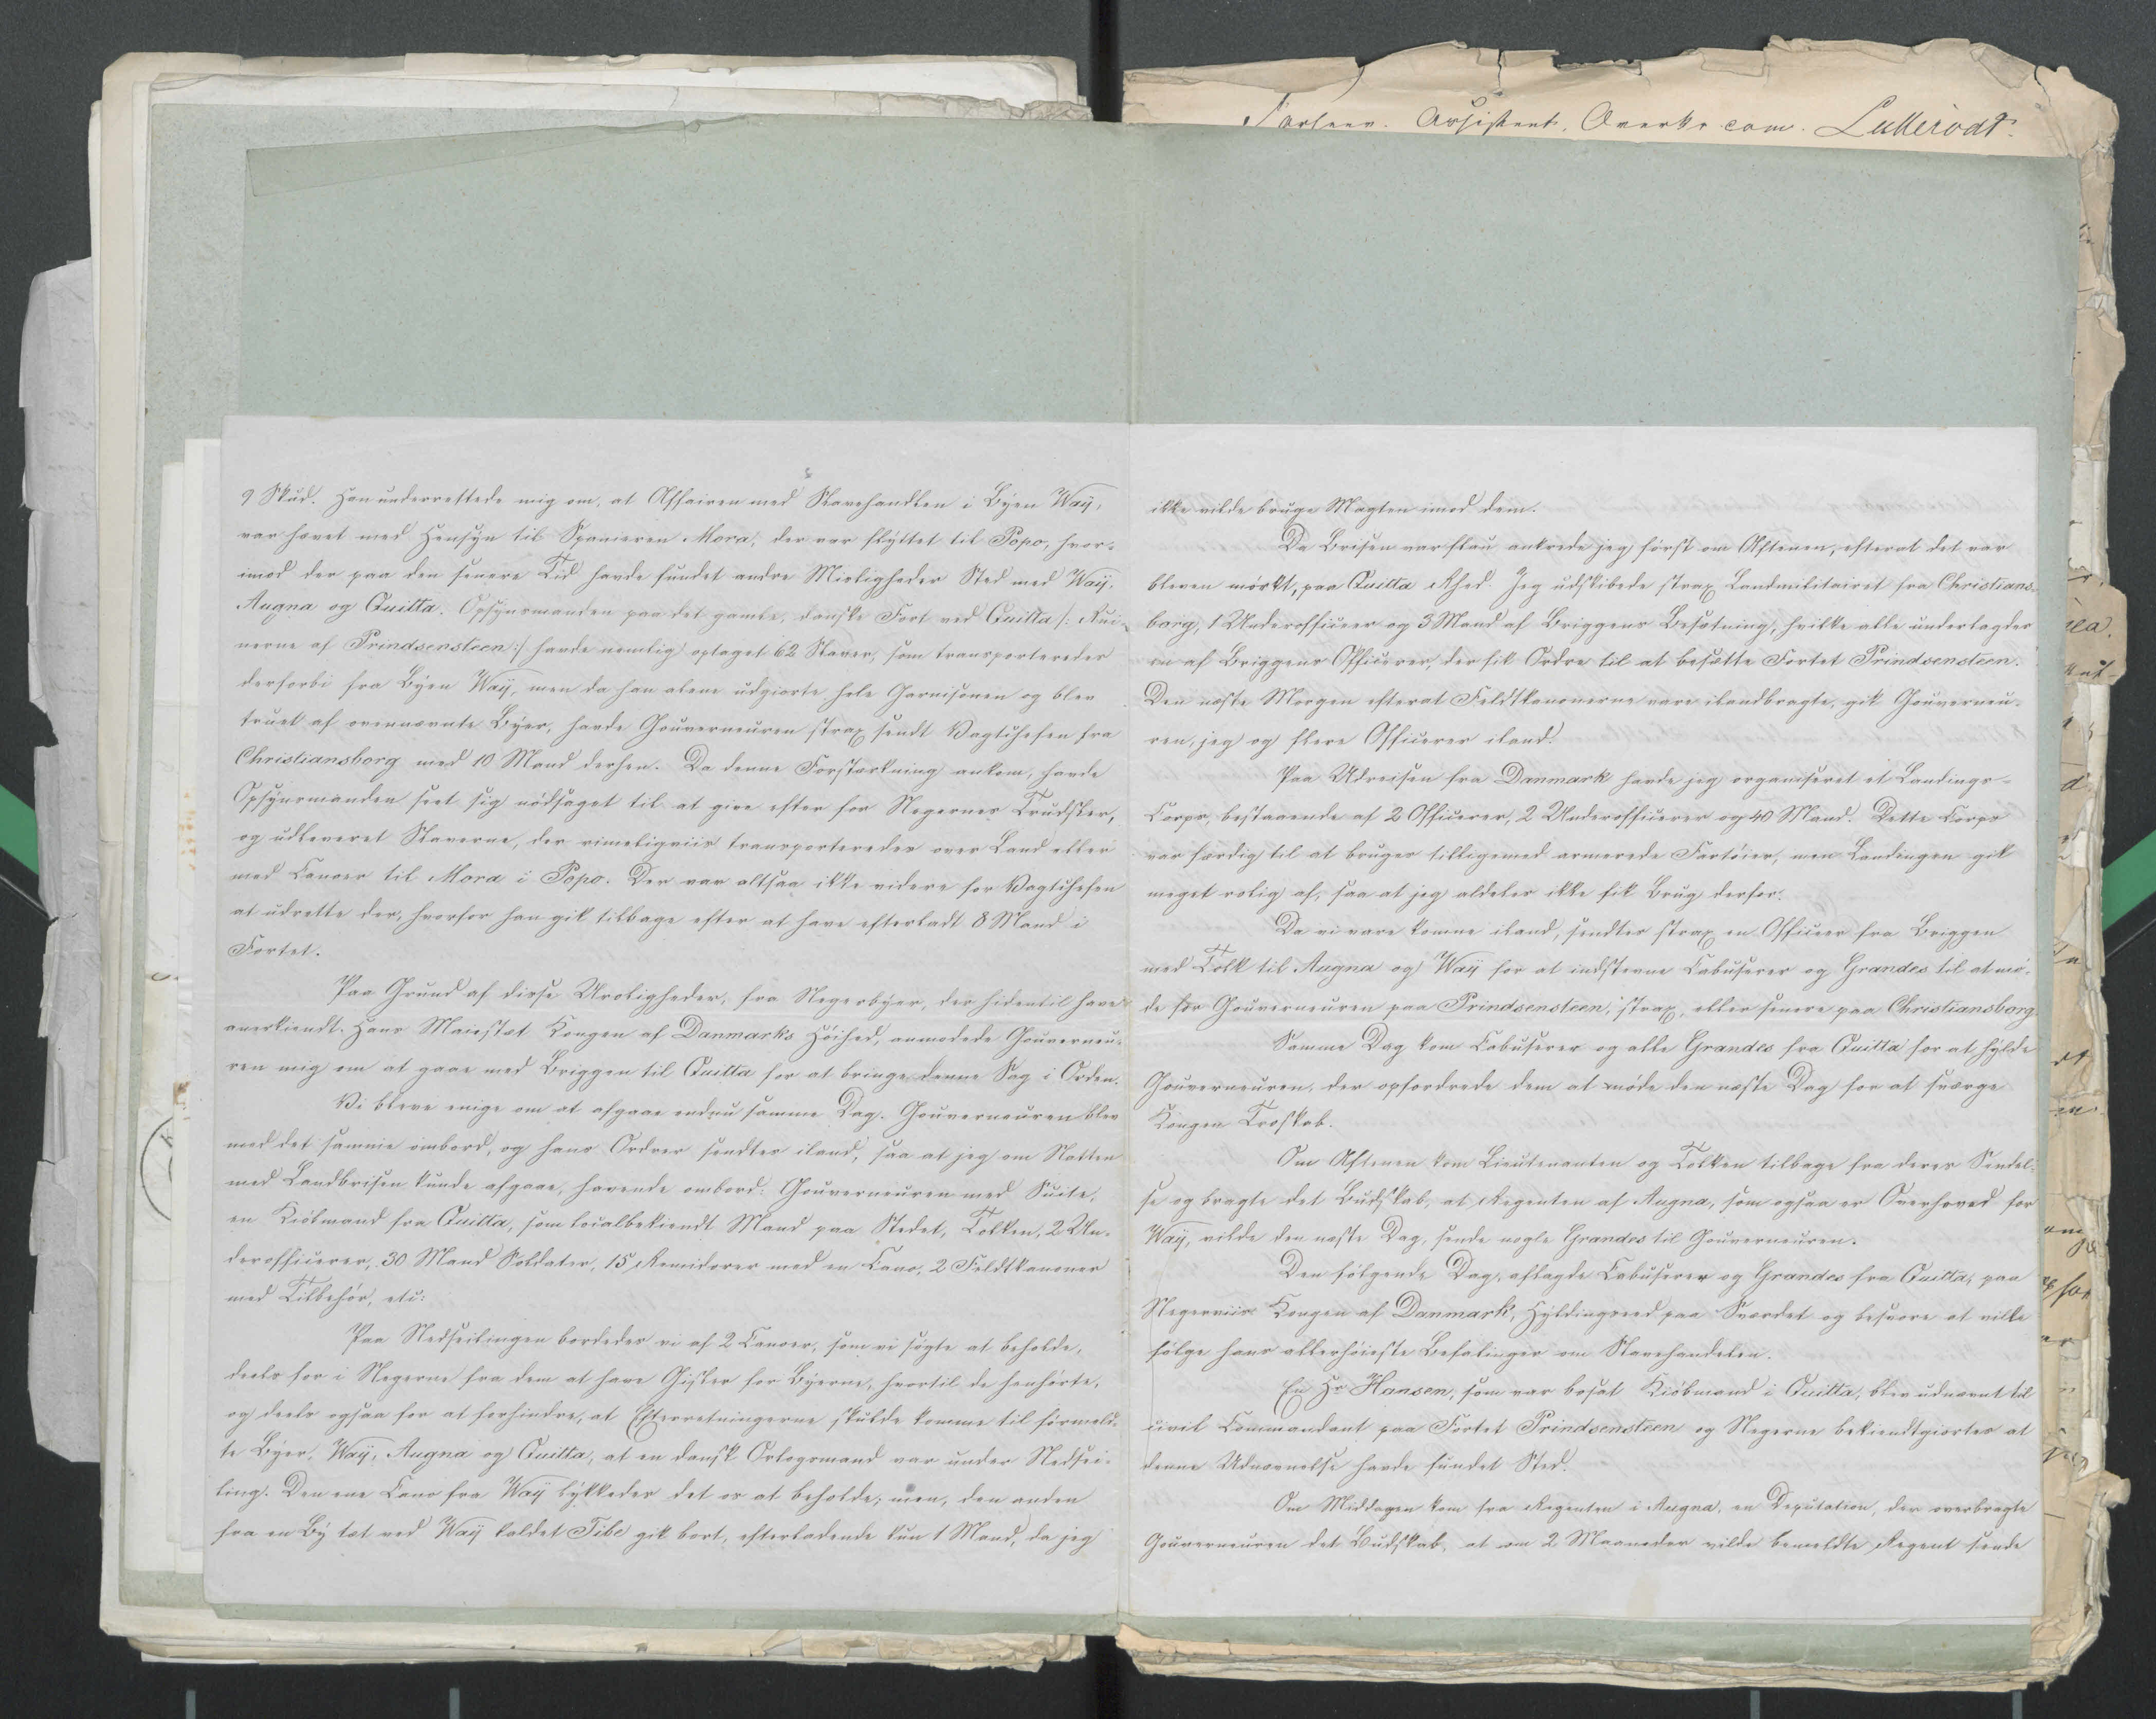
Transkription:
9 Skud. Han underrettede mig om, at Affairen med Slavehandlen i Byen Way,
var hævet med hensyn til Spanieren Mora, der var flyttet til Popo, hvor=
imod der paa den senere Tid havde fundet andre Misligheder Sted med Way,
Augna og Quitta. Opsynsmanden paa det gamle, danske Fort ved Quitta /: Rui=
nerne af Prindsensteen :/ havde nemlig optaget 62 Slaver, som transporteredes
derforbi fra Byen Way, men da han alene udgiorte hele Garnisonen og blev
truet af ovennævnte Byer, havde Gouverneuren strax sendt Vagtchefen fra
Christiansborg med 10 Mand derhen. Da denne Forstærkning ankom, havde
Opsynsmanden seet sig nødsaget til at give efter for Negernes Trudsler,
og udleveret Slaverne, der rimeligviis transporteredes over Land eller
med Canoer til Mora i Popo. Den var altsaa ikke videre for Vagtchefen
at udrette der, hvorfor han fik tilbage efter at have efterladt 8 Mand i
Fortet.
Paa Grund af disse Uroligheder, fra Negerbyer, der hidentil have
anerkiendt Hans Maiestæt Kongen af Danmarks Høihed, anmodede Gouverneu=
ren mig om at gaae med Briggen til Quitta for at bringe denne Sag i Orden.
Vi bleve enige om at afgaae endnu samme Dag. Gouverneuren blev
med det samme ombord, og hans Ordrer sendtes iland, saa at jeg om Natten
med Landbrisen kunde afgaae, havende ombord Gouverneuren med Suite,
en Kiøbmand fra Quitta, som localbekiendt Mand paa Stedet, Tolken, 2 Un=
derofficerer, 30 Mand Soldater, 15 Remidorer med  en Cano, 2 Feldtkanoner
med Tilbehør, etc:
Paa Nedseilingen bordedes vi af 2 Canoer, som vi søgte at beholde,
deels for i Negerne fra dem at dem at have Gisler for Byerne, hvortil de henhørte,
og deels ogsaa for at forhindre, at Efterretningerne skulde komme til førmeld=
te Byer, Way, Augna og Quitta, at en dansk Orlogsmand var under Nedsei=
ling. Den ene Cano fra Way lykkedes det os at beholde; men, den anden
fra en By tæt ved Way kaldet Tibe gik bort, efterladende kun 1 Mand, da jeg

ikke vilde bruge Magten imod dem.
Da Brisen var flau ankrede jeg først om Aftenen, efterat det var
bleven mørkt, paa Quitta Rhed. Jeg udskibede strax Landmilitairet fra Christians=
borg, 1 Underofficeer og 3 Mand af Briggens Besætning, hvilke alle underlagdes
en af Briggens Officerer, der fik Ordre til at besætte Fortet Prindsensteen.
Den næste Morgen efterat Feldtkanonerne vare ilandbragte, gik Gouverneu=
ren, jeg og flere Officerer iland.
Paa Udreisen fra Danmark havde jeg organiseret et Landings=
Corps, bestaaende af 2 Officerer, 2 Underofficerer og 40 Mand. Dette Corps
var færdig til at bruges tilligemed armerede Fartøier, men Landingen gik
meget rolig af, saa at jeg aldeles  ikke fik Brug derfor.
Da vi vare komne iland, sendtes strax en Officeer fra Briggen
med Tolk til Augna og Way for at indstevne Cabusarer??? og Grandes til at mø=
de for Gouverneuren paa Prindsensteen, strax, eller senere paa Christiansborg.
Samme Dag kom Cabuserer og alle Grandes fra Quitta for at hylde
Gouverneuren, der opfordrede dem at møde den næste Dag for at sværge
Kongen Troskab.
Om Aftenen kom Lieutenanten og Tolken tilbage fra deres Sendel=
se og bragte det Budskab, at Regenten af Augna, som ogsaa er Overhoved for
Way, vilde den næste Dag, sende nogle Grandes til Gouverneuren.
Den følgende Dag, aflagde Cabuserer og Grandes fra Quitta, paa
Negerviis Kongen af Danmark, Hyldingseed paa Sværdet og besvore at ville
følge hans allerhøieste Befalinger om Slavehandelen.
En Hr Hansen, som var bosat Kiøbmand i Quitta, blev udnævnt til
civil Commandant paa Fortet Prindsensteen og Negerne bekiendtgiortes at
denne Udnævnelse havde fundet Sted.
Om Middagen kom fra Regenten i Augna, en Deputation, der overbragte
Gouverneuren det Budskab, at om 2 Maaneder vilde bemeldte Regent sende